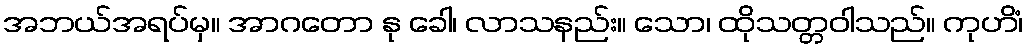
အဘယ်အရပ်မှ။ အာဂတော နု ခေါ၊ လာသနည်း။ သော၊ ထိုသတ္တဝါသည်။ ကုဟိံ၊